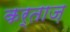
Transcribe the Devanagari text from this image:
कर्ताज़